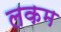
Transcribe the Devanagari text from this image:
लकम